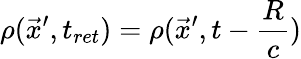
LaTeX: \rho(\vec{x}^{\prime},t_{ret})=\rho(\vec{x}^{\prime},t-\frac{R}{c})